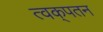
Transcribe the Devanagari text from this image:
त्वक्‌पतन